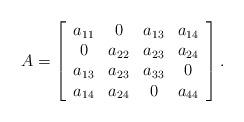
LaTeX: \begin{align*}A = \left[\begin{array}{cccc}a_{11} & 0 & a_{13} & a_{14} \\0 & a_{22} & a_{23} & a_{24} \\a_{13} & a_{23} & a_{33} & 0 \\a_{14} & a_{24} & 0 & a_{44} \\\end{array}\right].\end{align*}